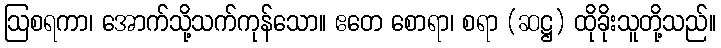
ဩစရကာ၊ အောက်သို့သက်ကုန်သော။ ဧတေ စောရာ၊ စရာ (ဆဋ္ဌ) ထိုခိုးသူတို့သည်။